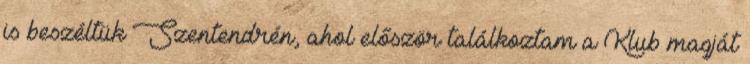
is beszéltük Szentendrén, ahol először találkoztam a Klub magját